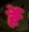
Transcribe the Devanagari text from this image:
र्हे